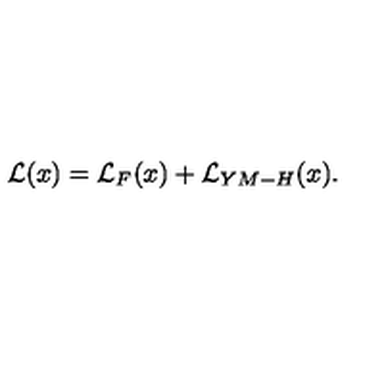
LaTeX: { \cal { L } } ( x ) = { \cal L } _ { F } ( x ) + { \cal L } _ { Y M - H } ( x ) .